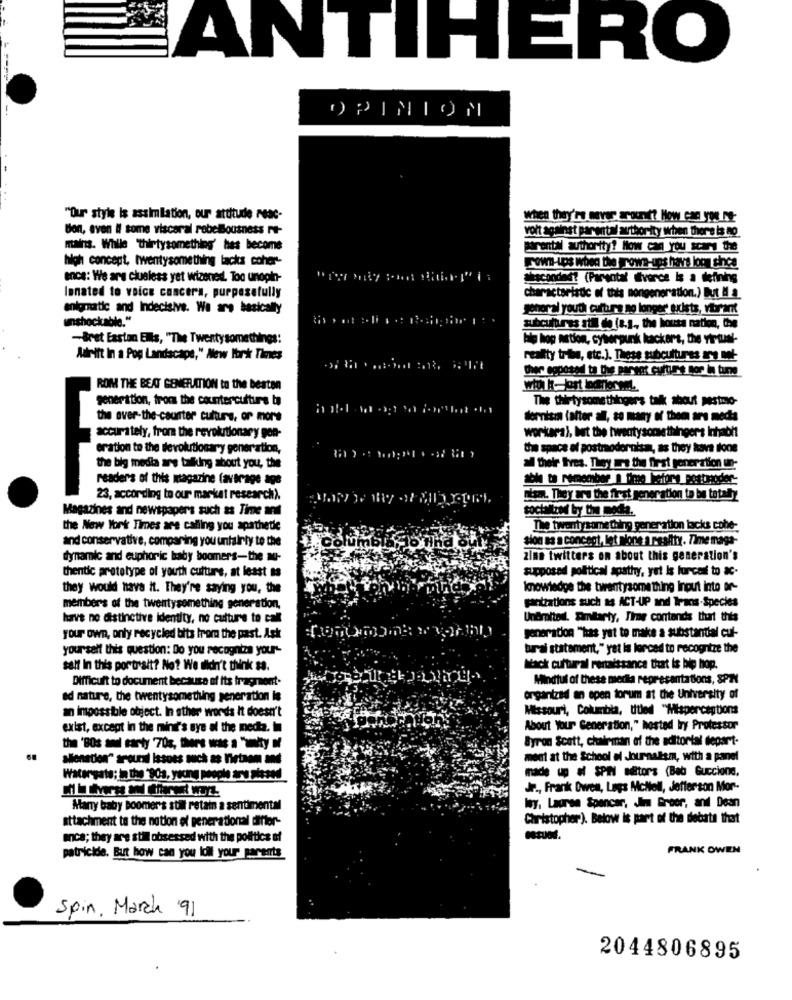
ANTIHERO
OPINION
"Our style Is assimilation, our attitude reac-
when they're never want? How can you Nt-
Bon, aven # some visceral rebelousness ft-
vort against parental authority when there is no
mains. While "thirtysomething' has become
Borental authority? How can you scary the
high concept, twentysomething lacks coher-
POWD-LOS When the grown-ups hav's loon since
encs: We are clueless yet wizones. Too unogin-
dracondet (Parental Ivorce Is a defining
lonated to voice concera, purposefully
characteristic of this nongeneration.) But Il a_
enigmatic and Indecisive. We are basically
sonorai youth cultura no longer exists, vibrant
unshockcable."
subcultures still de (8.1, the house nation, Che
-Bret Easton Ellis, "The Twentysomethings:
hip hop Artion, cyberpunk hackers, the virtual-
Adrift In a Pog Landscape," New York Times
reality trin, etc.). These subculturas are not-
Cher egposed to tius parent culture tor in tune
ROM THE BEAT GENERATION to the beaten
generation, from the counter cultura ba
The thirtysomethingers talk about pestmio-
the over-the-counter culture, or more
dornisin (after all, so many of them are media
workars), but the twentysomethingers inhabit
accurately, from the revolutionary gon-
eration to the devokrtionary generation,
the space of postmodernisan, as they have done
the big media are tafluing about you, the
al their Ives. They are the first generation un-
readers of this magazine (average age
able to remember 1 Time lafors postinoder:
23, according to our market research).
Staat They are the first generation to be totally
Magazines and newspapers such as Time anul
socialized by the modia.
the New York Times are calling you aparthetie
The twentysomething generation lacks cohe-
and conservative, comparing you unfairly to the
sion as a concept, Let nione a reality. Time maga-
dynamic and euphoric baby boomers-the mu-
zine twitters on about this generation's
supposed political apathy, yet Is furcost to ac-
thentic prototype of youth culture, at least as
they would have it. They're saying you, the
knowledge the twentysomething input into or-
gantzations such a4 ACT-UP and Trans-Species
members of the twentysomething generation.
have no distinctive identity, no culture to call
Undmitedl. Smitarty, Time contends that this
generation "has yet to make a substantial cul-
your own, only recycled bits from the past. Ask
yourself this question: Do you recognize your-
tural statement," yet is lercad to recognize the
self In this portrait? No? We didn't think sa.
Mack cultural renaissance that is hip hop.
Difficult to document because of its fragment-
Mindful of these medka representations, SP7
ad nature, the twentysomething generation is
organized an epen torum at the University of
an impossible object. In other words it doesn't
Missouri, Columbia, titled "Misperceptions
exist, except in the mini's nye al the media. in
About Your Generation," hosted iry Professor
Byron Scott, chairman of the editorial depart-
the 'Bos aml tarty 70g, there was a "ty N
..
aleneden" around Issues such as Tirtaan and
meet at the School of Journalism, with a panel
-de - al SPIN editors (Beb Guccione.
Watergate; In the '90a, young pooch arg Sisod
Jr ., Frank Dwest, Løgs Mcltell, Jefferson Mor-
Many baby Boomer's still retain a sentimental
Way, Lauren Spencer, Jim Greer, and Dean
attachment to the notion of generational differ-
Christopher). Below is part of the debate that
anca; they are stil obsessed with the politics of
FRANK OWEN
patrickde. But how can you idil your parents
Spin, March 91
2044806895